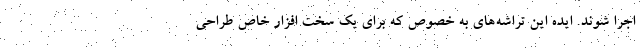
اجرا شوند. ایده این تراشه‌های به خصوص که برای یک سخت افزار خاص طراحی